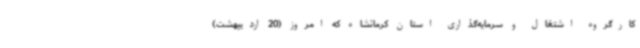
کارگروه اشتغال و سرمایه‌گذاری استان کرمانشاه که امروز (20 اردیبهشت)